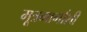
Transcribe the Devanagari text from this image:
मूत्रमार्गाशी